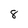
Character: 8